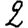
Digit: 2